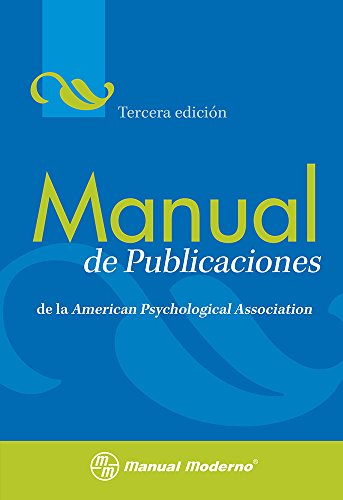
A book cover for Manual de Publicaciones de la American Psychological Association = Publication Manual of the American Psychological Association (Spanish Edition); Medical Books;